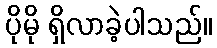
ပိုမို ရှိလာခဲ့ပါသည်။